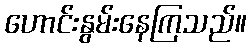
ဟောင်းနွမ်းနေကြသည်။